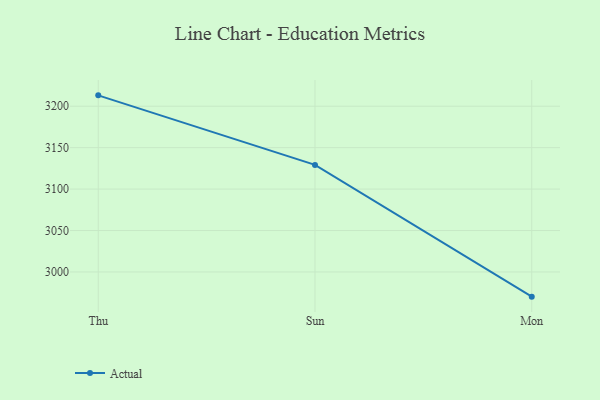
{"axis": {"x": "Day", "y": "Net Income (USD K)"}, "legend": ["Actual"], "data": [{"x": "Thu", "y": 3213.1, "type": "Actual"}, {"x": "Sun", "y": 3129.2, "type": "Actual"}, {"x": "Mon", "y": 2970.2, "type": "Actual"}]}